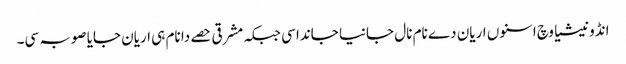
انڈونیشیا وچ اسنوں اریان دے نام نال جانیا جاندا سی جبکہ مشرقی حصے دا نام ہی اریان جایا صوبہ سی۔